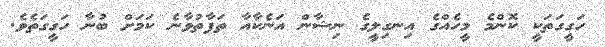
ހަގީގަތަކީ ކޮންމެ މީހެއްގެ އިނގިލީގެ ނިޝާން އަނެކާއާ ތަފާތުވާނެ ކަމަށް ބުނާ ހަގީގަތެވެ.